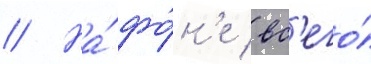
// На́ фо́н'е вс'его́